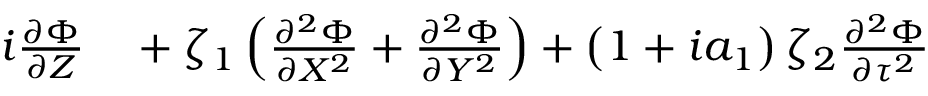
\begin{array} { r l } { i \frac { \partial \Phi } { \partial Z } } & { { } + \zeta _ { 1 } \left( \frac { \partial ^ { 2 } \Phi } { \partial X ^ { 2 } } + \frac { \partial ^ { 2 } \Phi } { \partial Y ^ { 2 } } \right) + \left( 1 + i a _ { 1 } \right) \zeta _ { 2 } \frac { \partial ^ { 2 } \Phi } { \partial \tau ^ { 2 } } } \end{array}